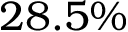
2 8 . 5 \%